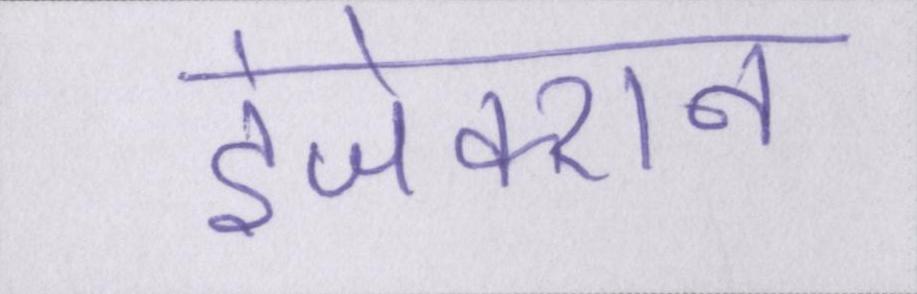
इंजेक्शन